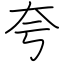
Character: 夸